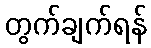
တွက်ချက်ရန်